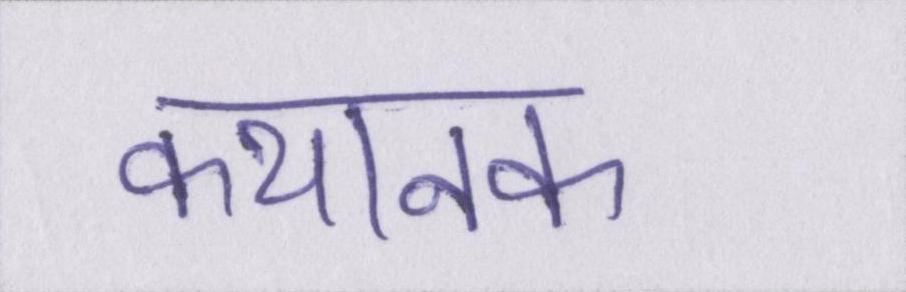
कथानक